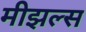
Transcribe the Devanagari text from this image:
मीझल्स